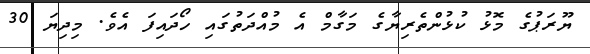
ޔޫރަޕުގެ މޮޅު ކުޅުންތެރިޔާގެ މަގާމް އެ މުއްދަތުގައި ހޯދައިފަ އެވެ. މިދިޔަ 30